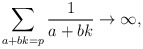
\begin{align*} \sum_{a + bk = p} \frac{1}{a + bk} \to \infty, \end{align*}